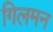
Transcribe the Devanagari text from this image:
गिलमन